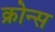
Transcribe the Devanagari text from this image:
क्रोन्स